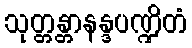
သုတ္တန္တာနန္ဒပဏ္ဍိတံ